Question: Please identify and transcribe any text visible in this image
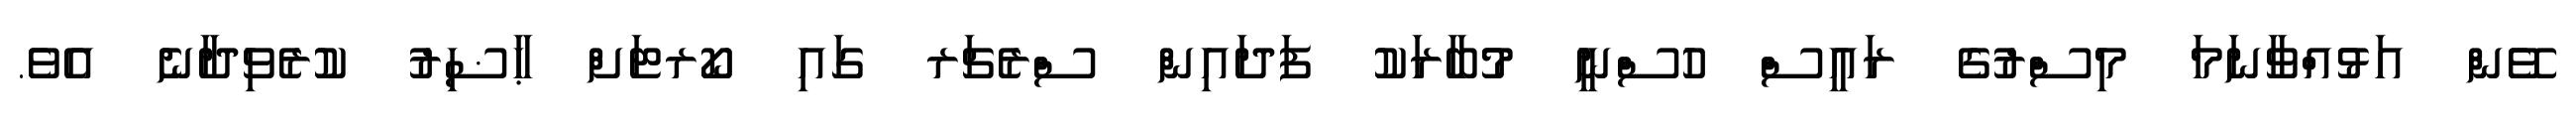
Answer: ވޭން އަޅުއްވާނަމަ މިސްރުގެ ރައީސް ހުސްނީ މުބާރަކު ފަދައިން ސްރެޗަރ ގައި ކޯރޓަށް ޙާޟިރު ކުރެވިދާނެ އެވެ.